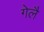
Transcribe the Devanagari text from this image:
गेलै